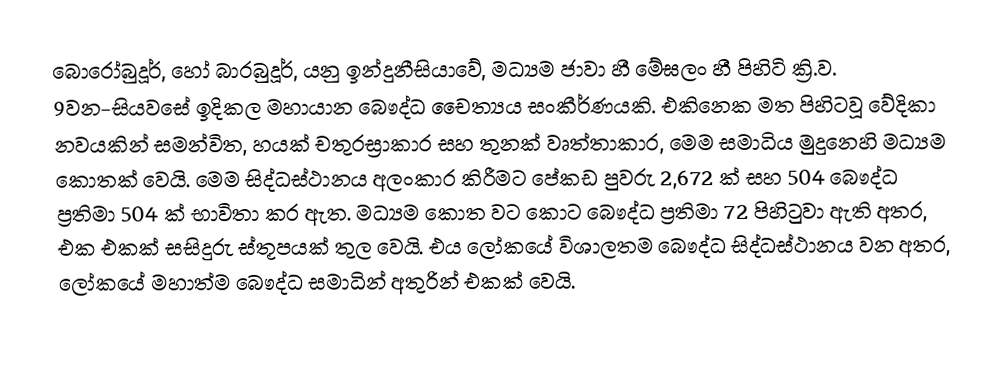
බොරෝබුදූර්, හෝ බාරබුදූර්, යනු  ඉන්දුනීසියාවේ, මධ්‍යම ජාවා හී  මේඝලං හී පිහිටි ක්‍රි.ව. 9වන-සියවසේ ඉදිකල මහායාන  බෞද්ධ චෛත්‍යය සංකීර්ණයකි. එකිනෙක මත පිහිටවූ වේදිකා නවයකින් සමන්විත, හයක් චතුරස්‍රාකාර සහ තුනක් වෘත්තාකාර, මෙම සමාධිය මුදුනෙහි මධ්‍යම කොතක් වෙයි. මෙම සිද්ධස්ථානය අලංකාර  කිරීමට පේකඩ පුවරු 2,672 ක් සහ 504 බෞද්ධ ප්‍රතිමා 504 ක් භාවිතා කර ඇත. මධ්‍යම කොත වට කොට  බෞද්ධ ප්‍රතිමා 72 පිහිටුවා ඇති අතර, එක එකක් සසිදුරු ස්තූපයක් තුල වෙයි.  එය ලෝකයේ විශාලතම බෞද්ධ සිද්ධස්ථානය වන අතර, ලෝකයේ මහාත්ම බෞද්ධ සමාධින් අතුරින් එකක් වෙයි.